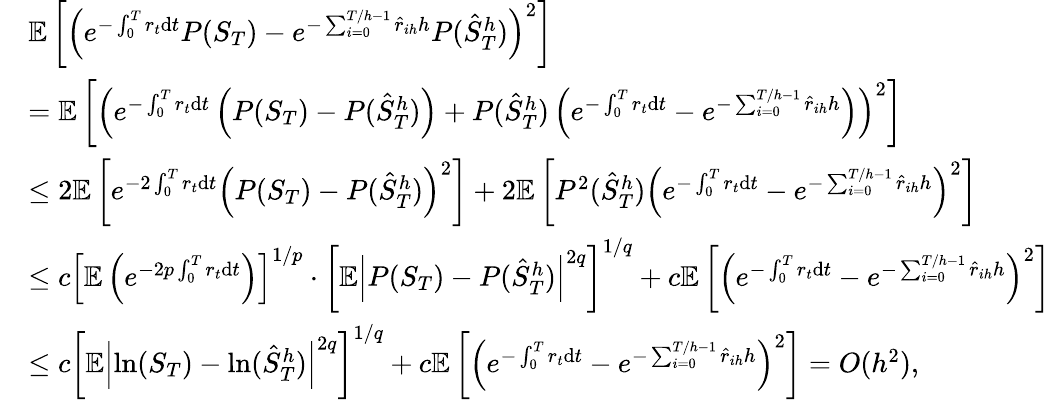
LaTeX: \begin{array}{rl}&{\mathbb{E}\left[\left(e^{-\int_{0}^{T}r_{t}\mathrm{d}t}P(S_{T})-e^{-\sum_{i=0}^{T/h-1}\hat{r}_{ih}h}P(\hat{S}_{T}^{h})\right)^{2}\right]}\\ &{=\mathbb{E}\left[\left(e^{-\int_{0}^{T}r_{t}\mathrm{d}t}\left(P(S_{T})-P(\hat{S}_{T}^{h})\right)+P(\hat{S}_{T}^{h})\left(e^{-\int_{0}^{T}r_{t}\mathrm{d}t}-e^{-\sum_{i=0}^{T/h-1}\hat{r}_{ih}h}\right)\right)^{2}\right]}\\ &{\leq 2\mathbb{E}\left[e^{-2\int_{0}^{T}r_{t}\mathrm{d}t}\left(P(S_{T})-P(\hat{S}_{T}^{h})\right)^{2}\right]+2\mathbb{E}\left[P^{2}(\hat{S}_{T}^{h})\left(e^{-\int_{0}^{T}r_{t}\mathrm{d}t}-e^{-\sum_{i=0}^{T/h-1}\hat{r}_{ih}h}\right)^{2}\right]}\\ &{\leq c\left[\mathbb{E}\left(e^{-2p\int_{0}^{T}r_{t}\mathrm{d}t}\right)\right]^{1/p}\cdot\left[\mathbb{E}\left|P(S_{T})-P(\hat{S}_{T}^{h})\right|^{2q}\right]^{1/q}+c\mathbb{E}\left[\left(e^{-\int_{0}^{T}r_{t}\mathrm{d}t}-e^{-\sum_{i=0}^{T/h-1}\hat{r}_{ih}h}\right)^{2}\right]}\\ &{\leq c\left[\mathbb{E}\left|\ln(S_{T})-\ln(\hat{S}_{T}^{h})\right|^{2q}\right]^{1/q}+c\mathbb{E}\left[\left(e^{-\int_{0}^{T}r_{t}\mathrm{d}t}-e^{-\sum_{i=0}^{T/h-1}\hat{r}_{ih}h}\right)^{2}\right]=O(h^{2}),}\end{array}